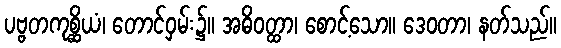
ပဗ္ဗတကုစ္ဆိယံ၊ တောင်ဝှမ်း၌။ အဓိဝတ္ထာ၊ စောင့်သော။ ဒေဝတာ၊ နတ်သည်။